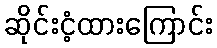
ဆိုင်းငံ့ထားကြောင်း